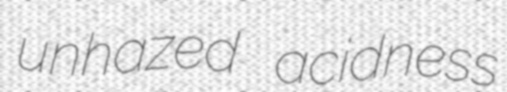
unhazed acidness